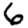
Digit: 6